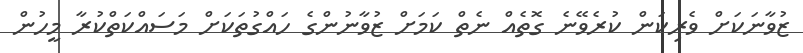
ޒުވާނަކަށް ވެރިކަން ކުރެވޭނެ ގޮތެއް ނެތް ކަމަށް ޒުވާނުންގެ ހައްގުތަކަށް މަސައްކަތްކުރާ މީހުން